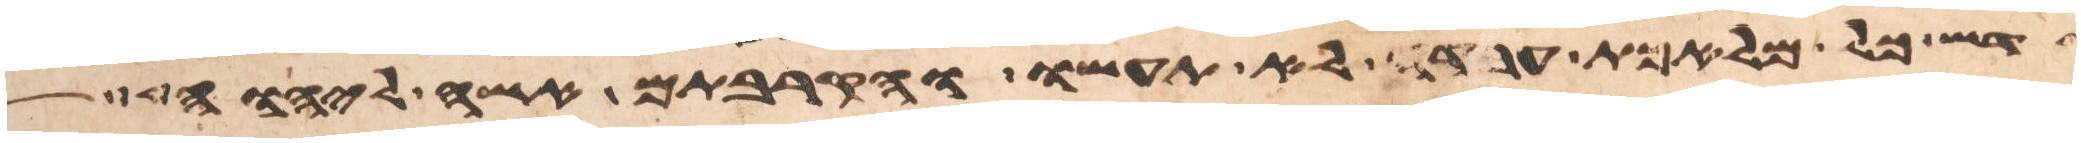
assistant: קדש כל מלאכת עבדה לא תעשו והקרבתם אשה ליהוה